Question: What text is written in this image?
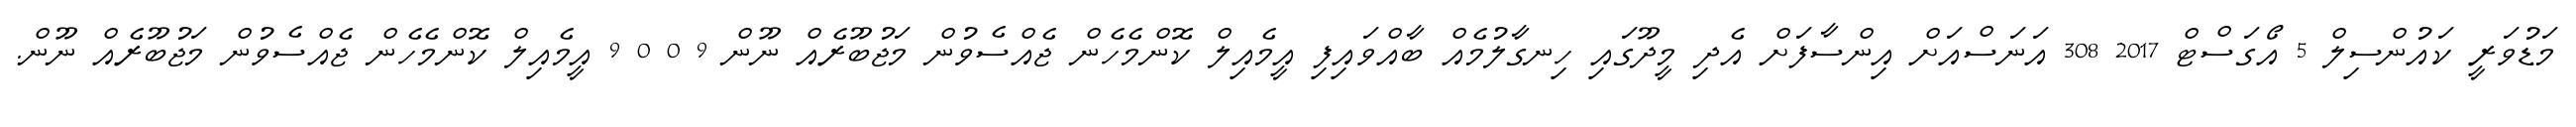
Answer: މަޑުވަރީ ކައުންސިލް 5 އޯގަސްޓް 2017 308 އަނަސްއަށް އިންސާފަށް އެދި މީދޫގައި ހިނގާލުމެއް ބާއްވައިފި އީމެއިލް ކޮންމެހެން ޖެއްސެވުން މަޖުބޫރެއް ނޫން 9 0 0 9 އީމެއިލް ކޮންމެހެން ޖެއްސެވުން މަޖުބޫރެއް ނޫން.